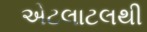
એટલાટલથી